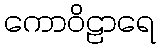
ကောဝိဠာရေ